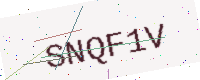
Text: SNQF1V